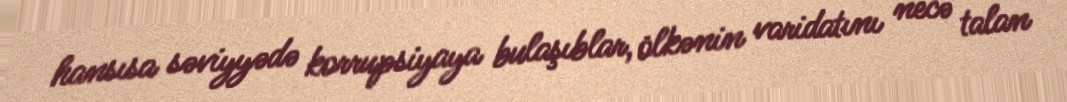
hansısa səviyyədə korrupsiyaya bulaşıblar, ölkənin varidatını necə talan